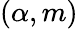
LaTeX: (\alpha,m)